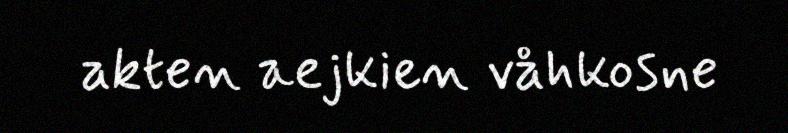
akten aejkien våhkosne